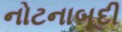
નોટનાબૂદી